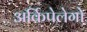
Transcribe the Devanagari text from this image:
अर्किपेलेगो